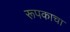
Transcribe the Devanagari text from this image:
रूपकाचा